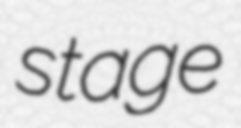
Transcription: stage